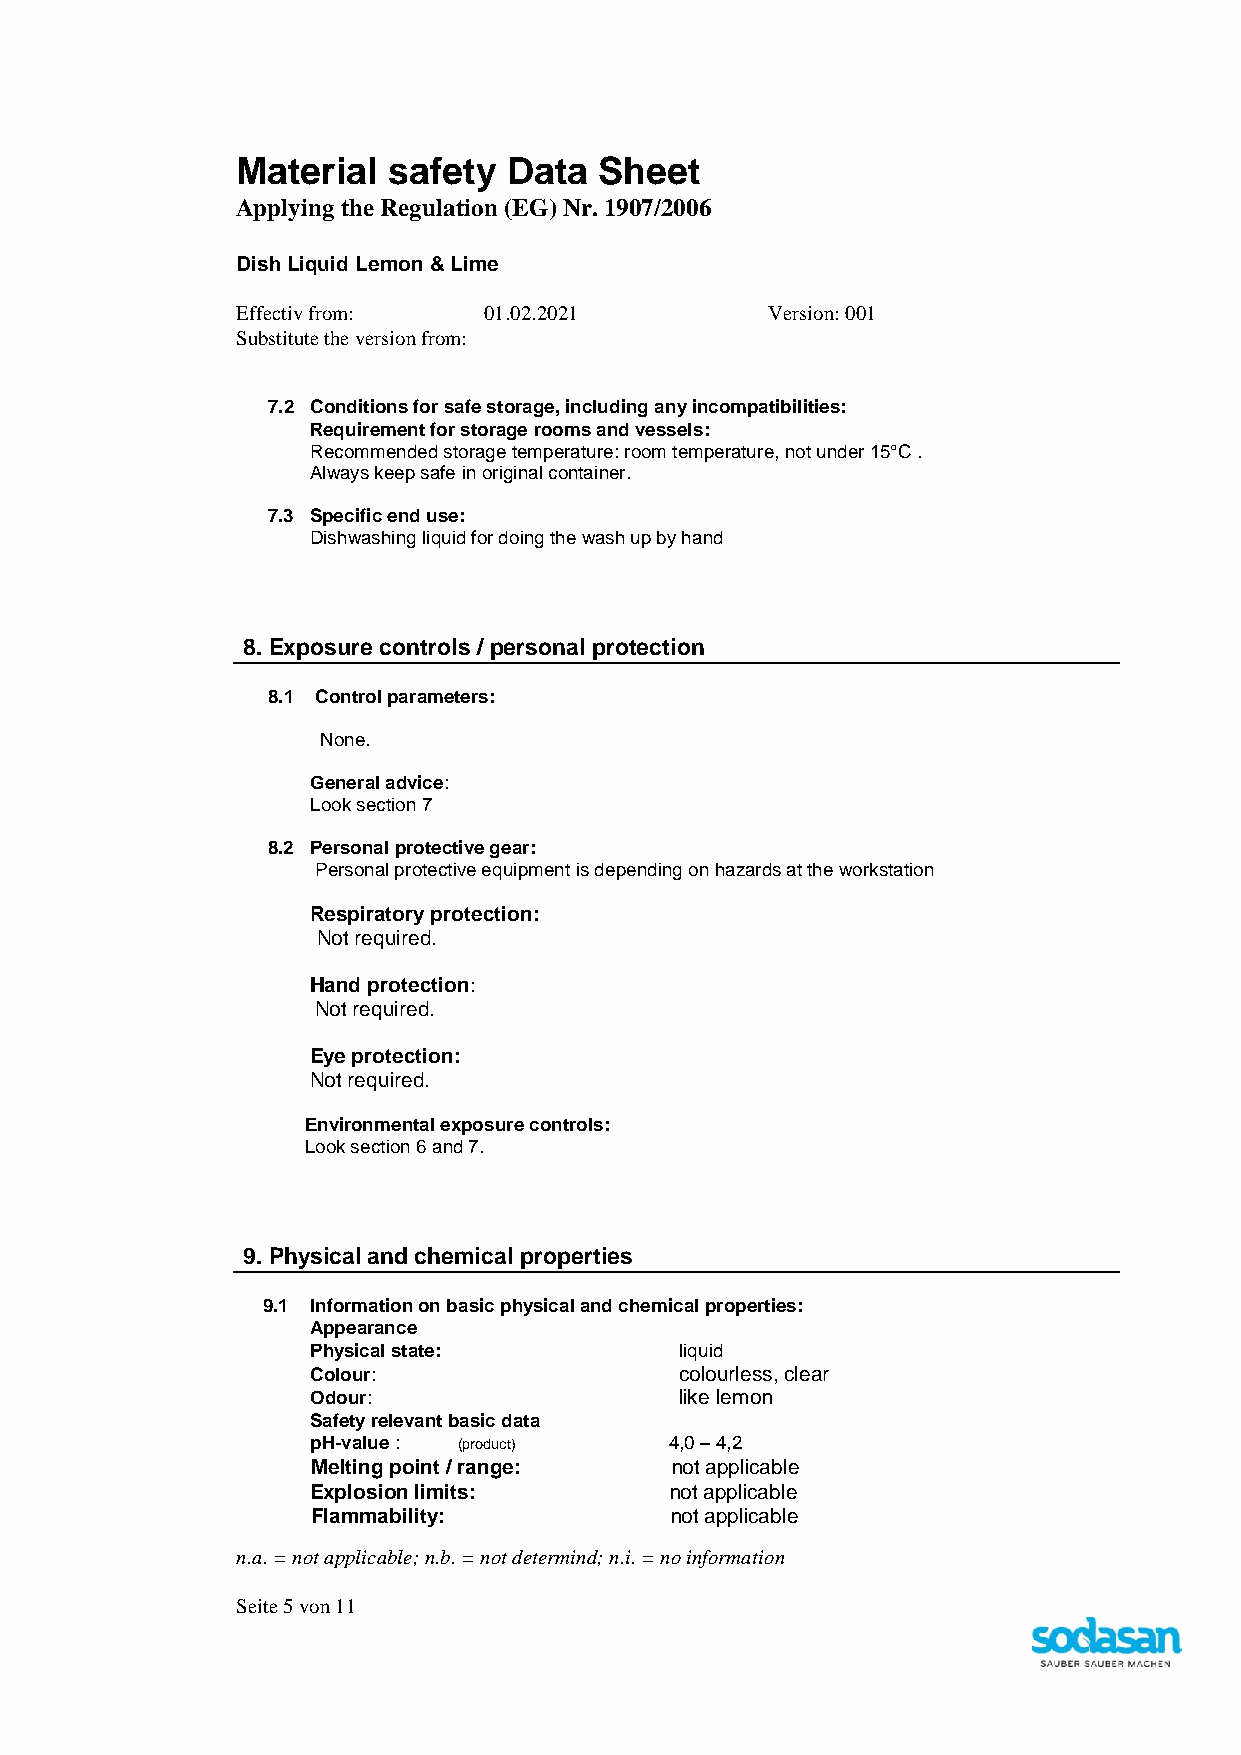
Material  safety  Data  Sheet
 Applying the Regulation (EG) Nr. 1907/2006
 Dish Liquid Lemon & Lime
 Effectiv from:  01.02.2021         Version: 001
 Substitute the version from:
 7.2 Conditions for safe storage, including any incompatibilities:
 Requirement for storage rooms and vessels:
 Recommended storage temperature: room temperature, not under 15°C .
 Always keep safe in original container.
 7.3 Specific end use:
 Dishwashing liquid for doing the wash up by hand
 8. Exposure controls / personal protection
 8.1 Control parameters:
 None.
 General advice:
 Look section 7
 8.2 Personal protective gear:
 Personal protective equipment is depending on hazards at the workstation
 Respiratory protection:
 Not required.
 Hand protection:
 Not required.
 Eye protection:
 Not required.
 Environmental exposure controls:
 Look section 6 and 7.
 9. Physical and chemical properties
 9.1 Information on basic physical and chemical properties:
 Appearance
 Physical state:         liquid
 Colour:                 colourless, clear
 Odour:                  like lemon
 Safety relevant basic data
 pH-value : (product)   4,0 – 4,2
 Melting point / range: not applicable
 Explosion limits:      not applicable
 Flammability:          not applicable
 n.a. = not applicable; n.b. = not determind; n.i. = no information
 Seite 5 von 11